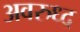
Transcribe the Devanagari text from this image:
अवरुध्द